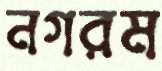
নগরম